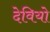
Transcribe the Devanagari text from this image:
देवियो